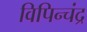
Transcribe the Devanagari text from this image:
विपिन्चंद्र